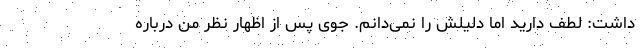
داشت: لطف دارید اما دلیلش را نمی‌دانم. جوی پس از اظهار نظر من درباره